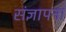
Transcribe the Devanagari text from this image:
संज्ञापना